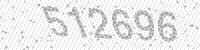
Solution: 512696